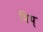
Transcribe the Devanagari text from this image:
मिथ्